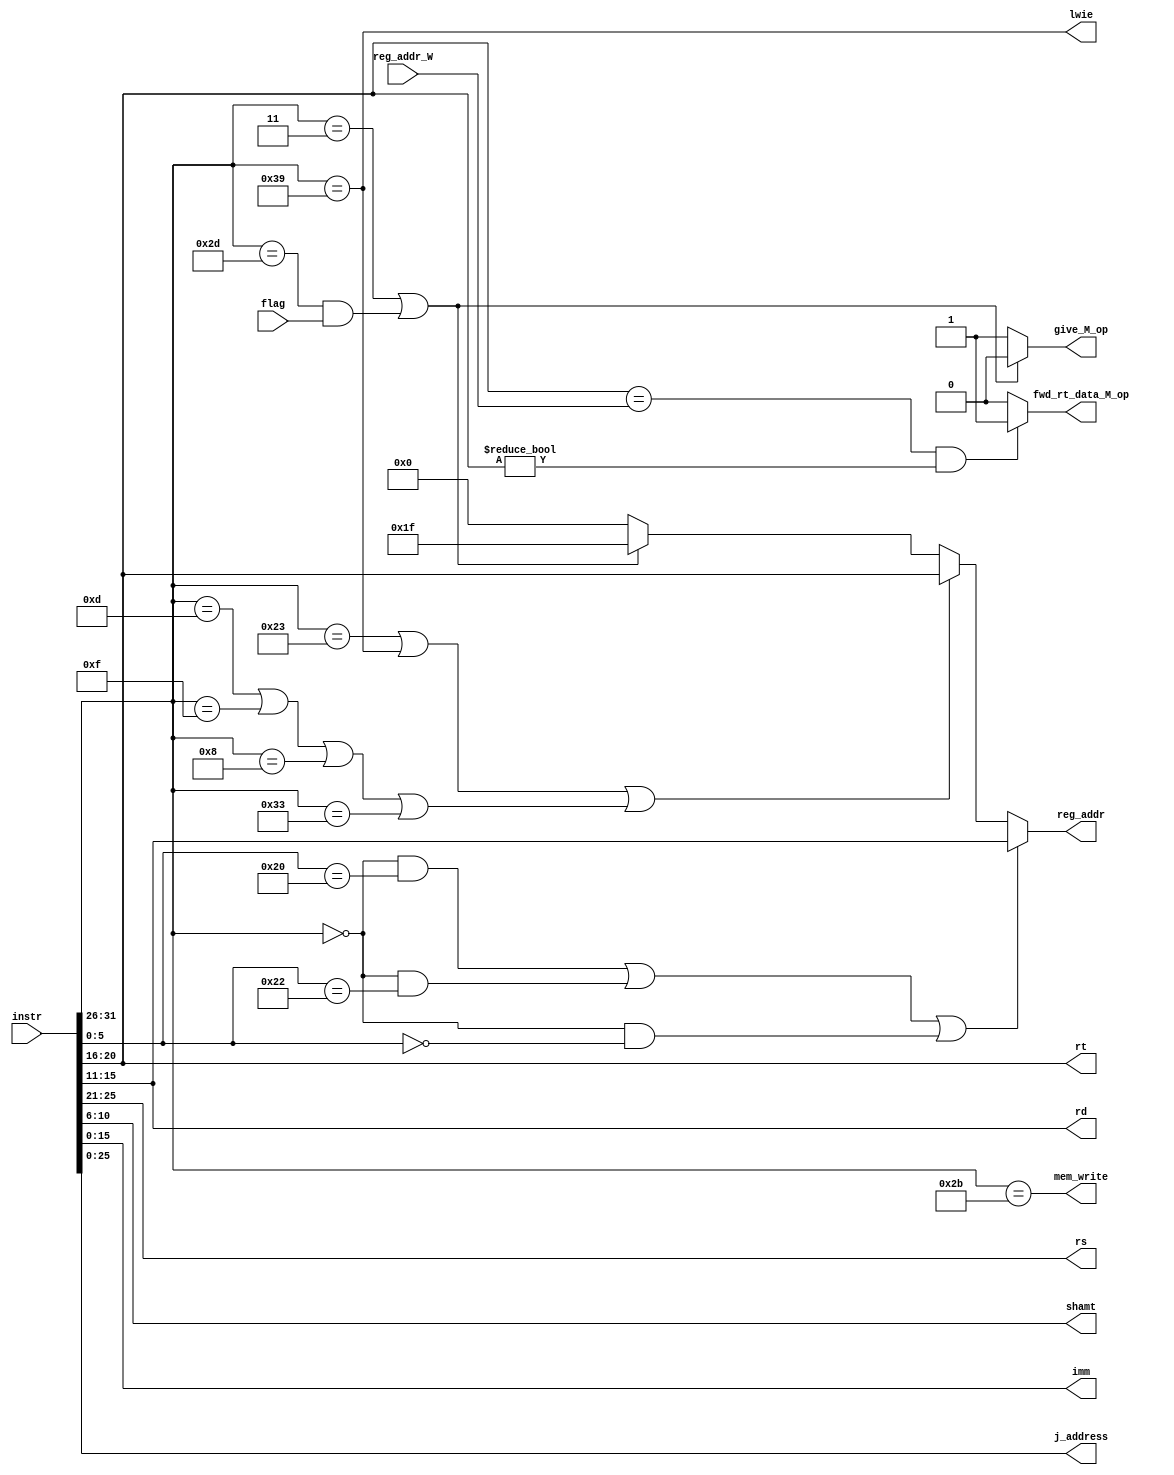
module CU_M (
    input [31:0] instr,

    output [25:21] rs,
    output [20:16] rt,
    output [15:11] rd,
    output [ 10:6] shamt,
    output [ 15:0] imm,
    output [ 25:0] j_address,

    output reg mem_write,

    output reg [4:0] reg_addr,  //

    output reg give_M_op,

    input      [4:0] reg_addr_W,
    output reg       fwd_rt_data_M_op,

    output lwie,
    input  flag
);
    wire [5:0] op = instr[31:26];
    assign rs    = instr[25:21];
    assign rt    = instr[20:16];
    assign rd    = instr[15:11];
    assign shamt = instr[10:6];
    wire [5:0] func = instr[5:0];
    assign imm       = instr[15:0];
    assign j_address = instr[25:0];

    wire R = (op == 6'b000000);

    wire add = R & (func == 6'b100000);
    wire sub = R & (func == 6'b100010);
    wire jr = R & (func == 6'b001000);
    wire sll = R & (func == 6'b000000);

    wire ori = (op == 6'b001101);
    wire lw = (op == 6'b100011);
    wire sw = (op == 6'b101011);
    wire beq = (op == 6'b000100);
    wire lui = (op == 6'b001111);
    wire jal = (op == 6'b000011);

    //
    wire addi = (op == 6'b001000);
    assign lwie = (op == 6'b111001);
    wire addei = (op == 6'b110011);
    wire bioal = (op == 6'b101101);

    wire cal_r = (add | sub | sll);
    wire cal_i = (ori | lui | addi | addei);
    wire load = (lw | lwie);
    wire store = sw;

    always @(*) begin
        mem_write = (sw);

        if (jal | (bioal && flag)) give_M_op = 1'd0;
        else give_M_op = 1'd1;

        //reg_addr 
        if (cal_r) reg_addr = rd;  //rd
        else if (load | cal_i) reg_addr = rt;  //rt
        else if (jal | (bioal && flag)) reg_addr = 5'd31;  //$ra $31
        else reg_addr = 5'd0;  //$0

        /********* forward ***********************/
        if (rt == reg_addr_W & rt != 5'd0) fwd_rt_data_M_op = 1'd1;
        else fwd_rt_data_M_op = 1'd0;
    end
endmodule